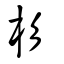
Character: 檆